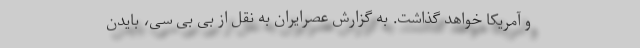
و آمریکا خواهد گذاشت. به گزارش عصرایران به نقل از بی بی سی، بایدن